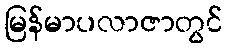
မြန်မာပလာဇာတွင်